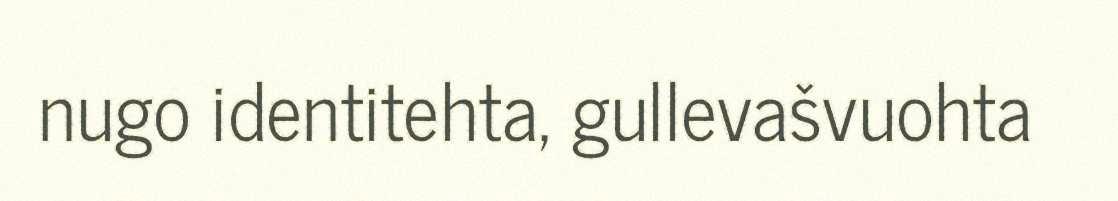
nugo identitehta, gullevašvuohta